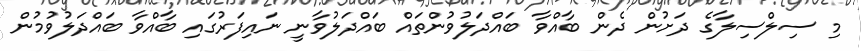
މި ސިލްސިލާގެ ދަށުން ދެން ބާއްވާ ބައްދަލުވުންތައް ބައްދަލުވާނީ ނައިފަރުގައި ބާއްވާ ބައްދަލުވުމުން